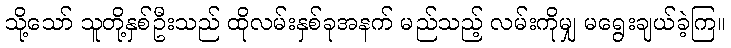
သို့သော် သူတို့နှစ်ဦးသည် ထိုလမ်းနှစ်ခုအနက် မည်သည့် လမ်းကိုမျှ မရွေးချယ်ခဲ့ကြ။